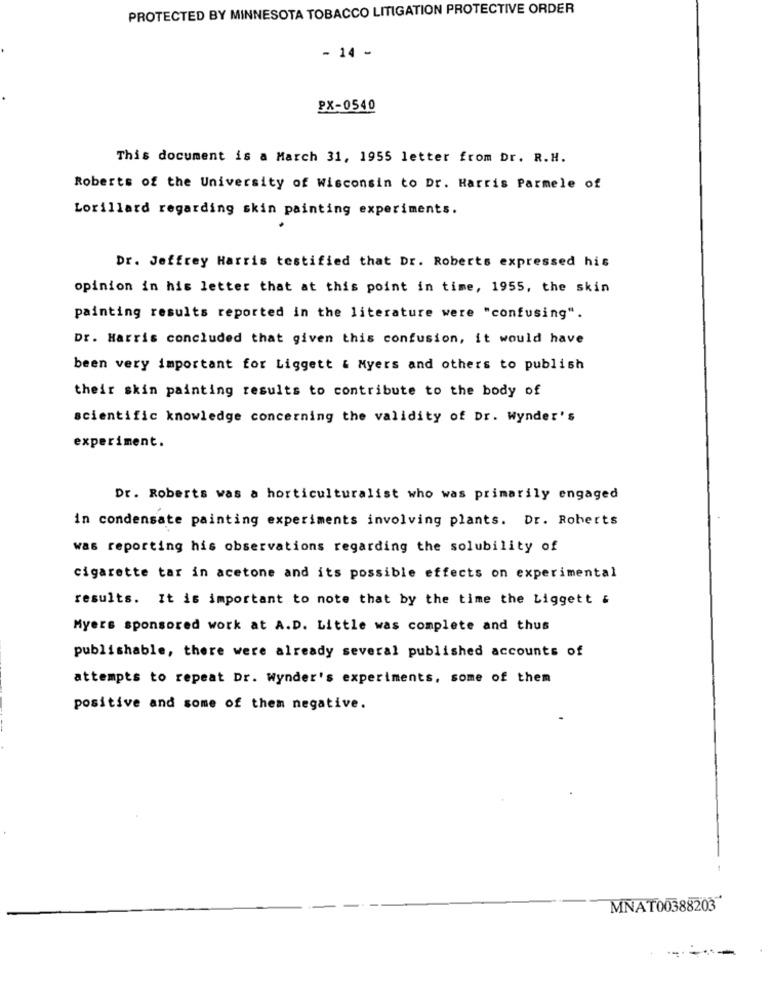
PROTECTED BY MINNESOTA TOBACCO LITIGATION PROTECTIVE ORDER
- 14 -
PX-0540
This document is a March 31, 1955 letter from Dr. R.H.
Roberts of the University of Wisconsin to Dr. Harris Parmele of
Lorillard regarding skin painting experiments.
Dr. Jeffrey Harris testified that Dr. Roberts expressed his
opinion in his letter that at this point in time, 1955, the skin
painting results reported in the literature were "confusing".
Dr. Harris concluded that given this confusion, it would have
been very important for Liggett & Myers and others to publish
their skin painting results to contribute to the body of
scientific knowledge concerning the validity of Dr. Wynder's
experiment.
Dr. Roberts was a horticulturalist who was primarily engaged
in condensate painting experiments involving plants. Dr. Roberts
was reporting his observations regarding the solubility of
cigarette tar in acetone and its possible effects on experimental
results. It is important to note that by the time the Liggett &
Myers sponsored work at A.D. Little was complete and thus
publishable, there were already several published accounts of
attempts to repeat Dr. Wynder's experiments, some of them
positive and some of them negative.
MNAT00388203
--